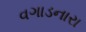
વગાડનારા